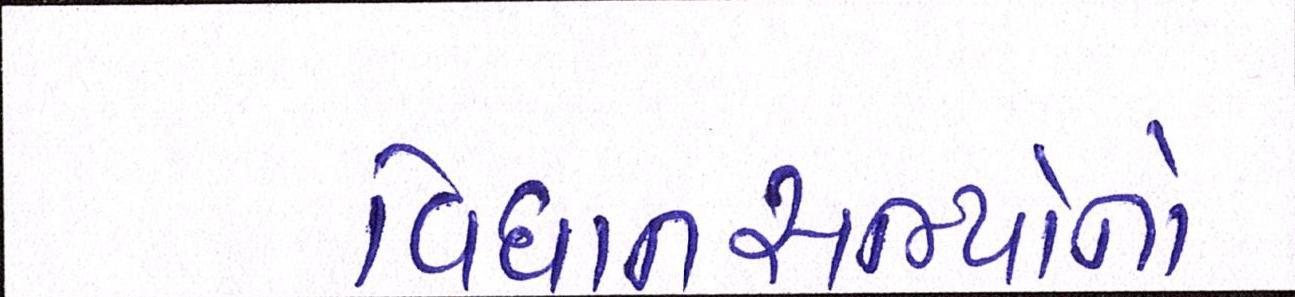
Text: વિધાનસભ્યોનો